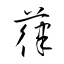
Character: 葎